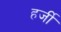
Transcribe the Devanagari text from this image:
हर्जी